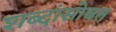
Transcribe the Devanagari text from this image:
शब्दांसोबत